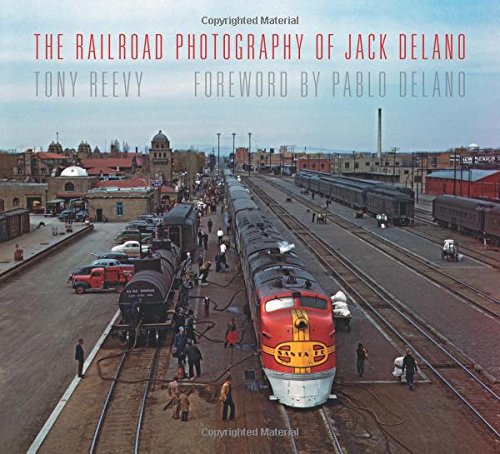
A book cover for The Railroad Photography of Jack Delano (Railroads Past and Present); Tony Reevy; Arts & Photography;